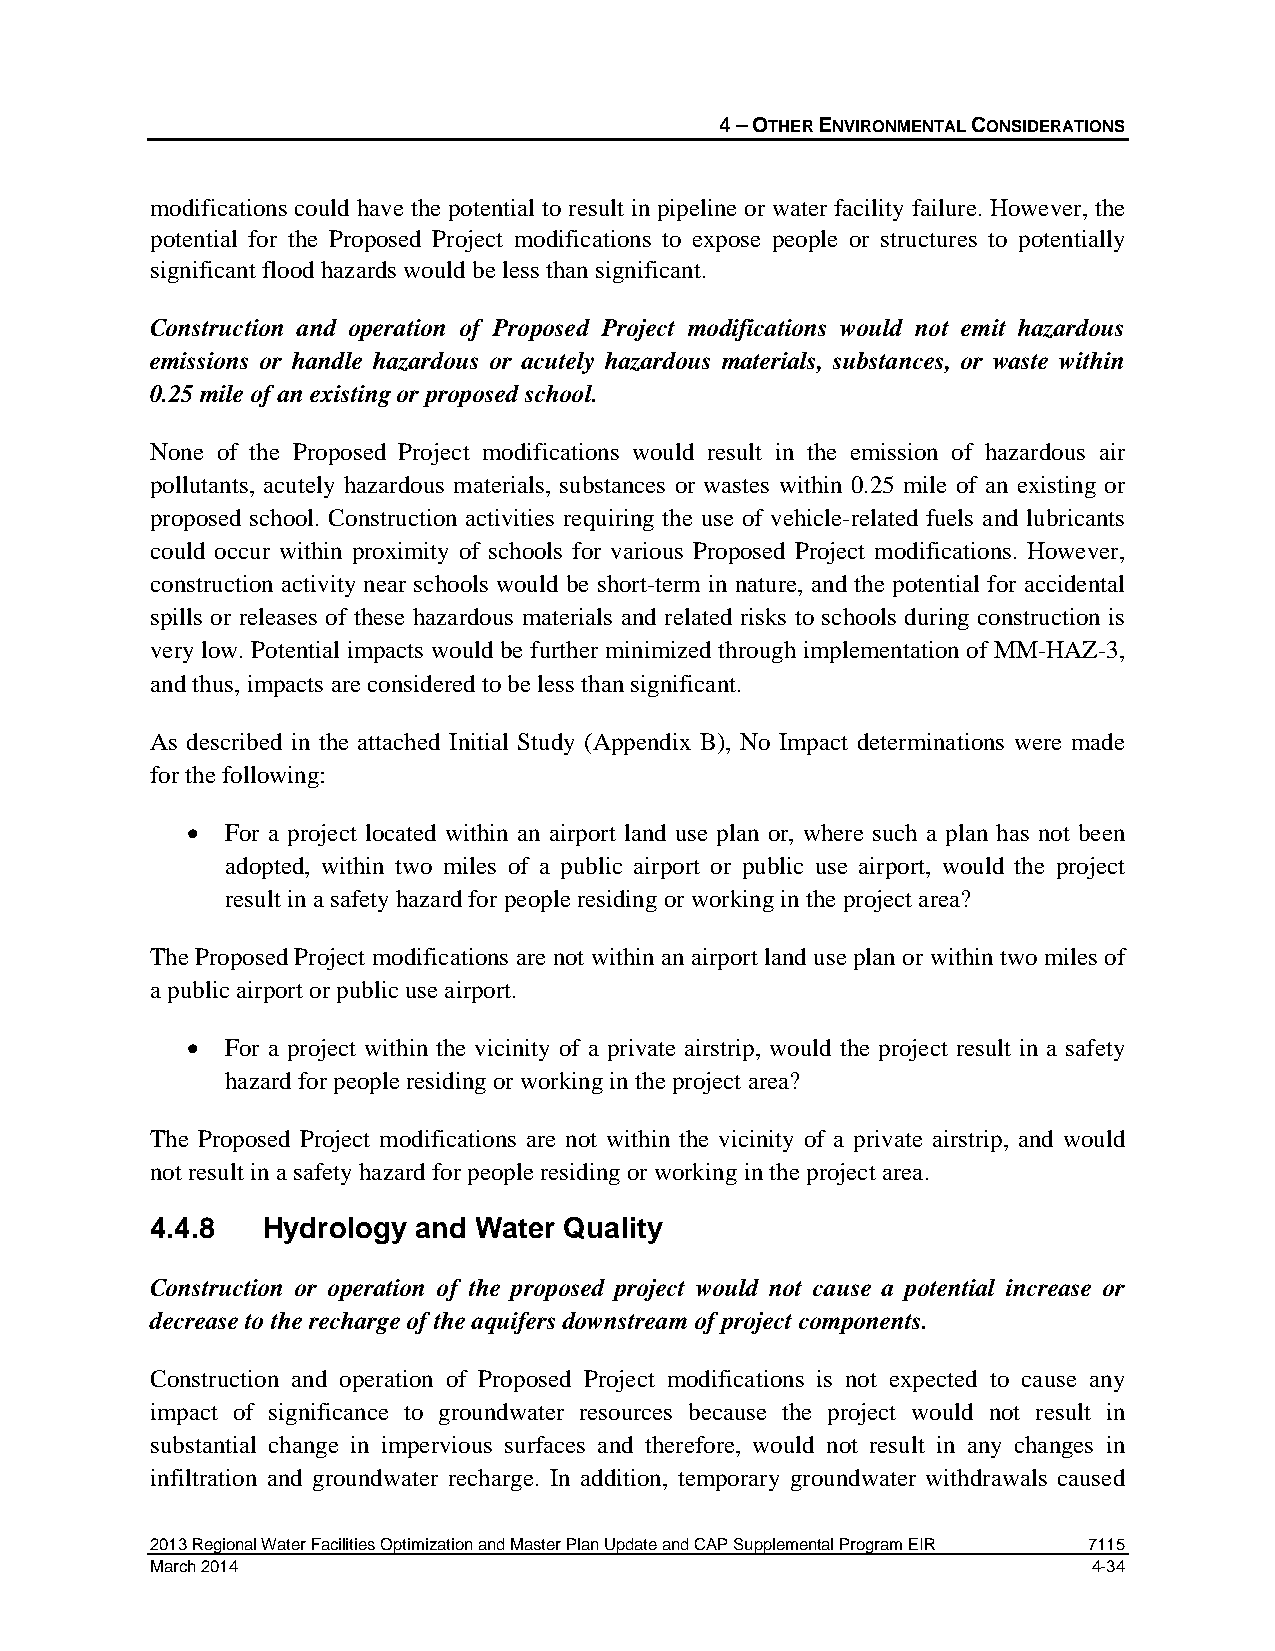
4 – OTHER ENVIRONMENTAL CONSIDERATIONS
 modifications could have the potential to result in pipeline or water facility failure. However, the
 potential for the Proposed Project modifications to expose people or structures to potentially
 significant flood hazards would be less than significant.
 Construction and operation of Proposed Project modifications would not emit hazardous
 emissions or handle hazardous or acutely hazardous materials, substances, or waste within
 0.25 mile of an existing or proposed school.
 None of the Proposed Project modifications would result in the emission of hazardous air
 pollutants, acutely hazardous materials, substances or wastes within 0.25 mile of an existing or
 proposed school. Construction activities requiring the use of vehicle-related fuels and lubricants
 could occur within proximity of schools for various Proposed Project modifications. However,
 construction activity near schools would be short-term in nature, and the potential for accidental
 spills or releases of these hazardous materials and related risks to schools during construction is
 very low. Potential impacts would be further minimized through implementation of MM-HAZ-3,
 and thus, impacts are considered to be less than significant.
 As described in the attached Initial Study (Appendix B), No Impact determinations were made
 for the following:
 •  For a project located within an airport land use plan or, where such a plan has not been
 adopted, within two miles of a public airport or public use airport, would the project
 result in a safety hazard for people residing or working in the project area?
 The Proposed Project modifications are not within an airport land use plan or within two miles of
 a public airport or public use airport.
 •  For a project within the vicinity of a private airstrip, would the project result in a safety
 hazard for people residing or working in the project area?
 The Proposed Project modifications are not within the vicinity of a private airstrip, and would
 not result in a safety hazard for people residing or working in the project area.
 4.4.8  Hydrology and Water Quality
 Construction or operation of the proposed project would not cause a potential increase or
 decrease to the recharge of the aquifers downstream of project components.
 Construction and operation of Proposed Project modifications is not expected to cause any
 impact of significance to groundwater resources because the project would not result in
 substantial change in impervious surfaces and therefore, would not result in any changes in
 infiltration and groundwater recharge. In addition, temporary groundwater withdrawals caused
 2013 Regional Water Facilities Optimization and Master Plan Update and CAP Supplemental Program EIR 7115
 March 2014                                                    4-34